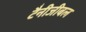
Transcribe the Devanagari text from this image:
टैनीजीबल